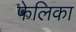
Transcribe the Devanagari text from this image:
फेलिका